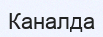
Каналда